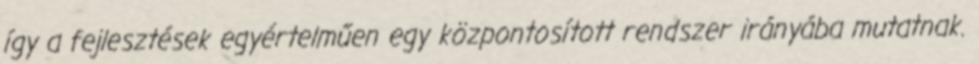
így a fejlesztések egyértelműen egy központosított rendszer irányába mutatnak.